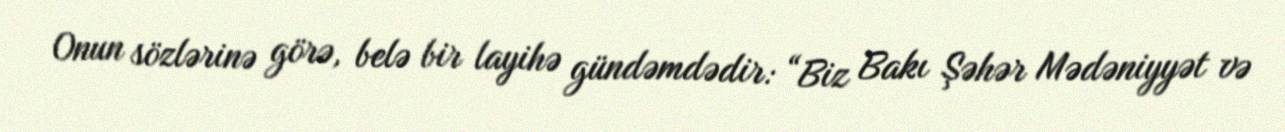
Onun sözlərinə görə, belə bir layihə gündəmdədir: “Biz Bakı Şəhər Mədəniyyət və